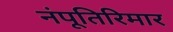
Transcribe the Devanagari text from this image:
नंपूतिरिमार